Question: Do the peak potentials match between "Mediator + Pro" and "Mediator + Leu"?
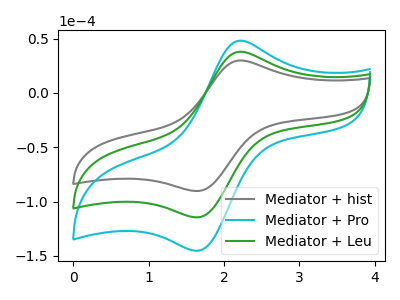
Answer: <think>The gray curve "Mediator + hist" has an anodic peak at (2.20V, 29.90uA) and a cathodic peak at (1.65V, -90.35uA). The cyan curve "Mediator + Pro" has an anodic peak at (2.20V, 75.85uA) and a cathodic peak at (1.65V, -229.20uA). The green curve "Mediator + Leu" has an anodic peak at (2.20V, 37.90uA) and a cathodic peak at (1.65V, -114.60uA).</think>
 <answer>Yes, "Mediator + Pro" have a peak in "Mediator + Leu" at the same potential.</answer>
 <eval>match</eval>